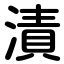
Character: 漬